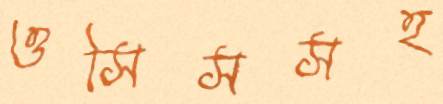
ওসিসসহ